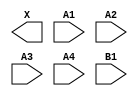
module sky130_fd_sc_hs__a41o (
    X ,
    A1,
    A2,
    A3,
    A4,
    B1
);

    output X ;
    input  A1;
    input  A2;
    input  A3;
    input  A4;
    input  B1;

    // Voltage supply signals
    supply1 VPWR;
    supply0 VGND;

endmodule